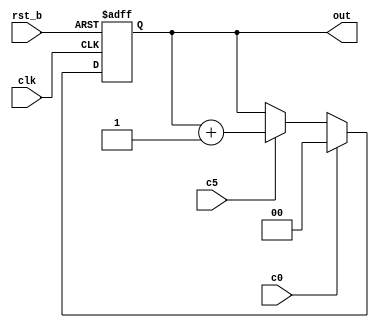
module count (
    input clk, rst_b, c0, c5,
    output reg [1:0] out
);
    always @(posedge clk, negedge rst_b) 
        if(!rst_b)      out <= 0;
        else if(c0)     out <= 0;
        else if(c5)     out <= out + 1;
endmodule